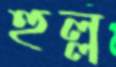
হুল্ল